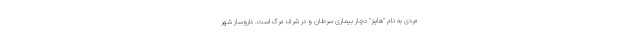
مردی به نام "هاینز" دچار بیماری سرطان و در شرف مرگ است. داروساز شهر